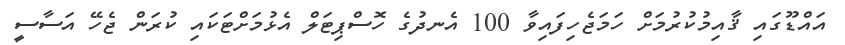
އައްޑޫގައި ޤާއިމުކުރުމަށް ހަމަޖެހިފައިވާ 100 އެނދުގެ ހޮސްޕިޓަލް އެޅުމަށްޓަކައި ކުރަން ޖެހޭ އަސާސީ